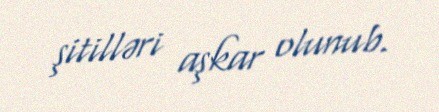
şitilləri aşkar olunub.